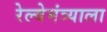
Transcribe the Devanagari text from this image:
रेल्वेमंत्र्याला